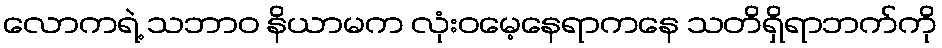
လောကရဲ့ သဘာဝ နိယာမက လုံးဝမေ့နေရာကနေ သတိရှိရာဘက်ကို